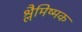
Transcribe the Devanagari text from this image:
श्लैमिष्मक